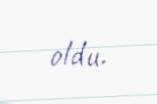
oldu.